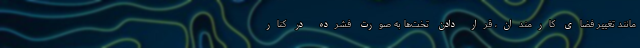
مانند تغییر فضای کارمندان، قرار دادن تخت‌ها به صورت فشرده در کنار